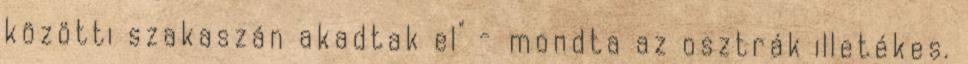
közötti szakaszán akadtak el" - mondta az osztrák illetékes.